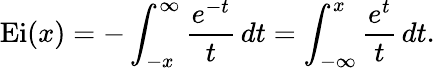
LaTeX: \operatorname{Ei}(x)=-\int_{-x}^{\infty}{\frac{e^{-t}}{t}}\, dt=\int_{-{\infty}}^{x}{\frac{e^{t}}{t}}\, dt.